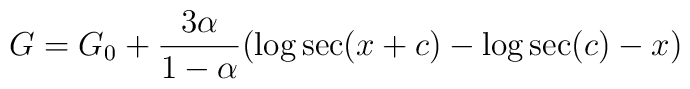
G = G_{0}  + \frac{3\alpha}{1-    \alpha}(\log \sec (x+c) - \log \sec (c)-x)